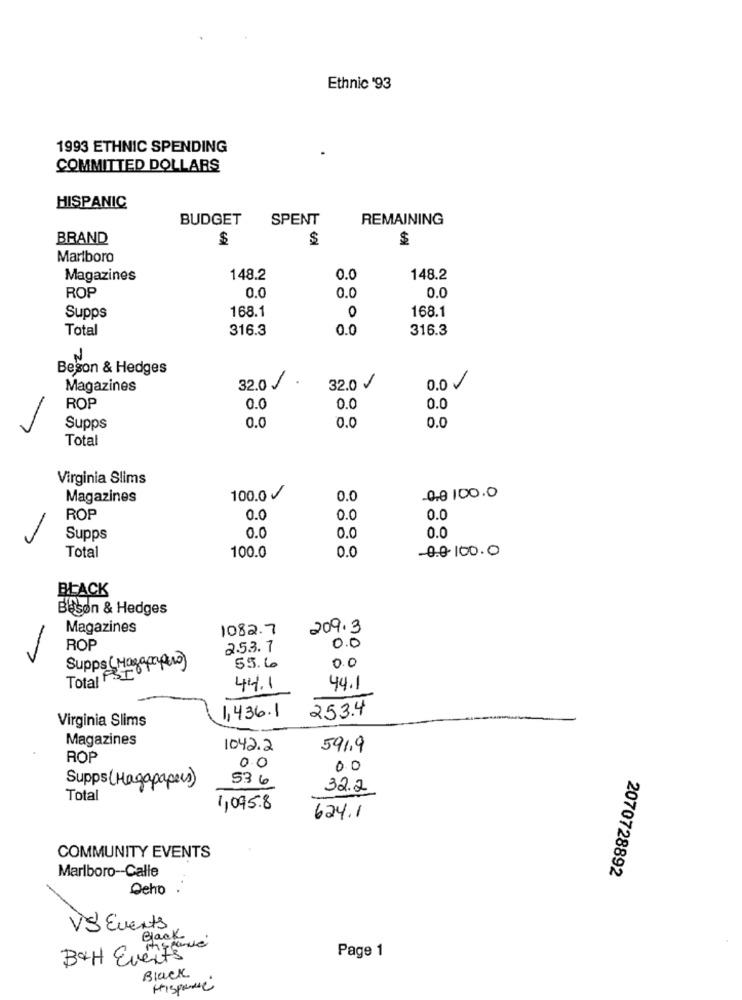
Ethnic '93
1993 ETHNIC SPENDING
COMMITTED DOLLARS
HISPANIC
BUDGET
SPENT
REMAINING
BRAND
$
$
Marlboro
Magazines
148.2
0.0
148.2
0.0
0.0
ROP
0.0
168.1
168.1
Supps
0
Total
316.3
0.0
316.3
N
Begon & Hedges
32.0 /
0.0/
Magazines
32.0 /
ROP
0.0
0.0
0.0
0.0
0.0
Supps
0
Total
Virginia Slims
00 100.0
Magazines
100.0 V
0.0
ROP
0.0
0.0
0.0
Supps
0.0
0.0
0.0
Total
100.0
0.0
-0.0-100.0
BLACK
Beson & Hedges
Magazines
1082.7
209.3
-
ROP
2.5.3. 7
0.0
Total PSIONpero)
Supps (Mag
55.6
0.0
44.1
44.1
253.4
Virginia Slims
1,436.1
Magazines
1042.2
591,9
ROP
0.0
00
536
Supp (Hagapapers)
32.2
Total
1,095.8
624.1
COMMUNITY EVENTS
Marlboro-Calle
2070728892
Ocho
VS Events
Black
Page 1
BAH Events
Black
HISpone